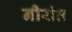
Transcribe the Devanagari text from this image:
नीरांत